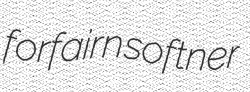
forfairn softner